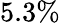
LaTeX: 5.3\%